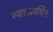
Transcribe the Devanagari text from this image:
स्वतःप्रवर्धित